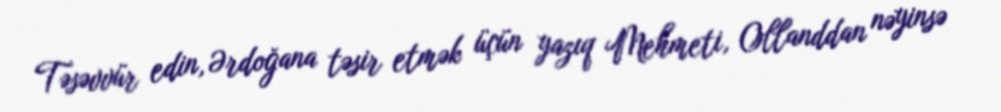
Təsəvvür edin, Ərdoğana təsir etmək üçün yazıq Mehmeti, Ollanddan nəyinsə